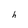
Character: h